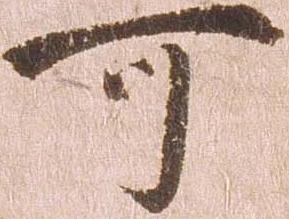
可